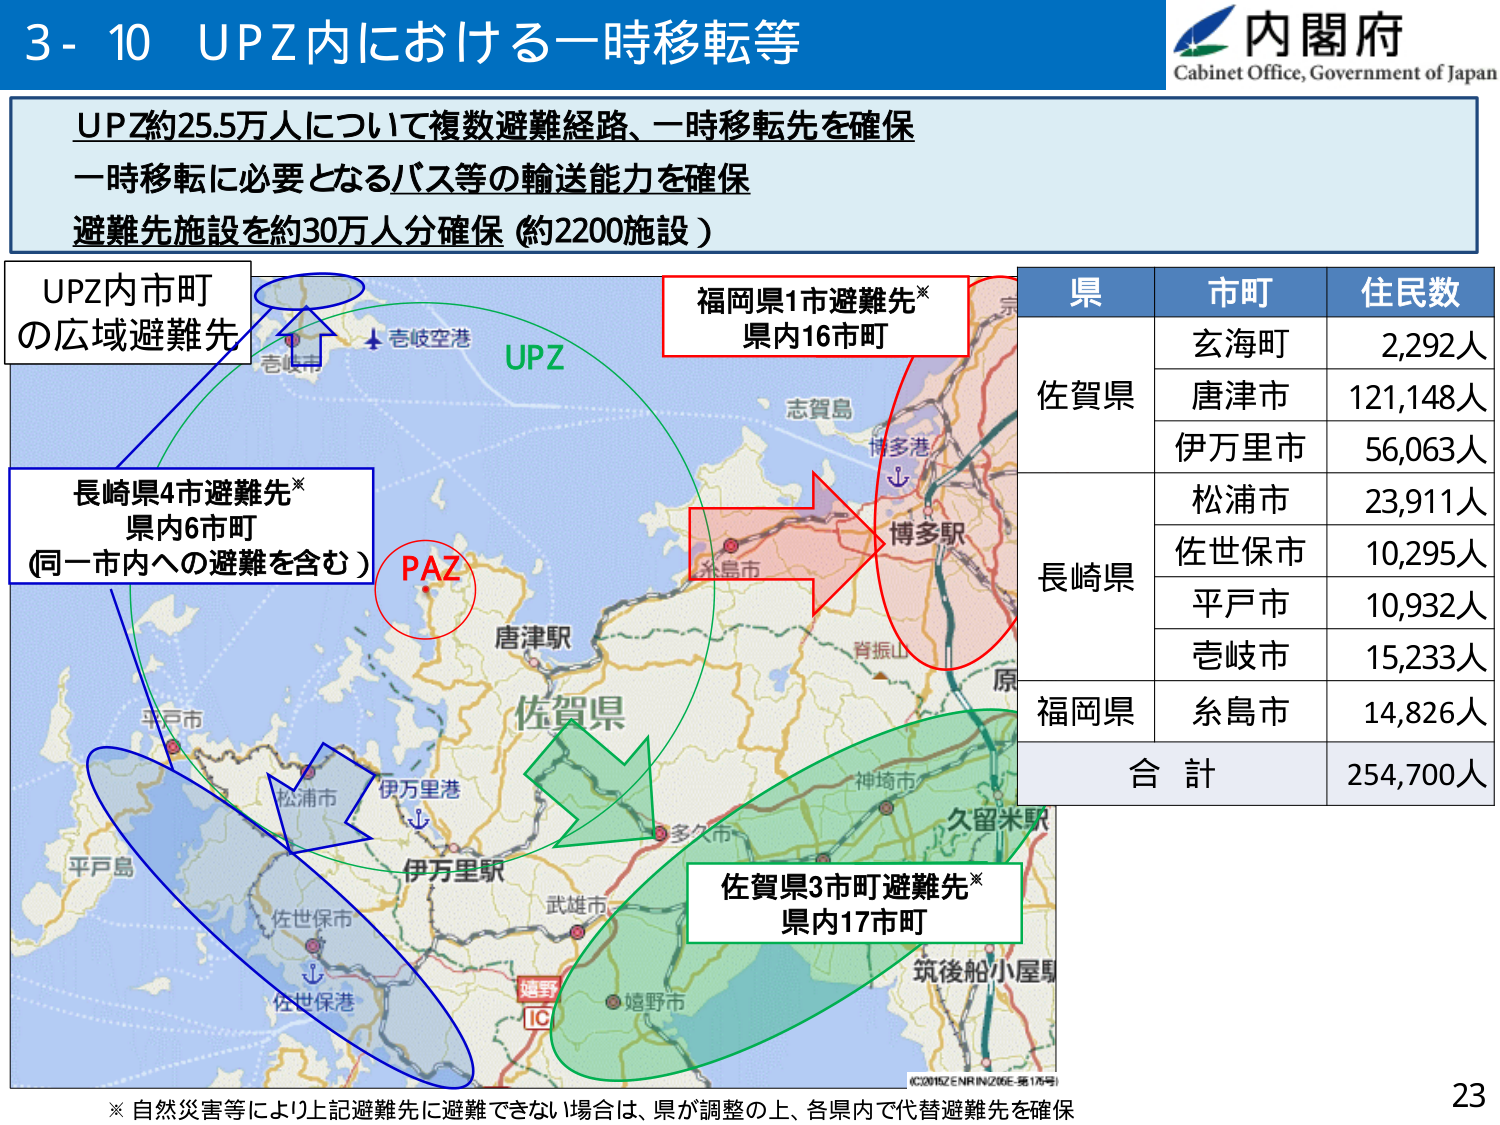
3-10 UPZ内における一時移転等

内閣府
Cabinet Office, Government of Japan

UPZ約25.5万人について複数避難経路、一時移転先を確保
一時移転に必要となるバス等の輸送能力を確保
避難先施設を約30万人分確保（約2200施設）

UPZ内市町
の広域避難先

福岡県1市避難先※
県内16市町

長崎県4市避難先※
県内6市町
（同一市内への避難を含む）

PAZ

佐賀県3市町避難先※
県内17市町

県　市町　住民数
佐賀県　玄海町　2,292人
　　　　唐津市　121,148人
　　　　伊万里市　56,063人
長崎県　松浦市　23,911人
　　　　佐世保市　10,295人
　　　　平戸市　10,932人
　　　　壱岐市　15,233人
福岡県　糸島市　14,826人
合計　254,700人

※自然災害等により上記避難先に避難できない場合は、県が調整の上、各県内で代替避難先を確保

23

（C）2015 ZENRIN（Z06E-96 1/6号）